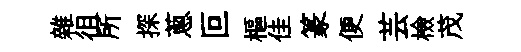
雜徂所探蔥叵樞佳篆便芸檢茂